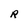
Character: R